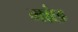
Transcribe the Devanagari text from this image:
मांछ